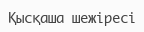
Қысқаша шежіресі